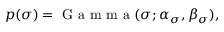
p ( \sigma ) = \mathrm { ~ G ~ a ~ m ~ m ~ a ~ } ( \sigma ; \alpha _ { \sigma } , \beta _ { \sigma } ) ,